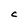
Character: C